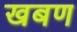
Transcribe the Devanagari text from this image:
खबण